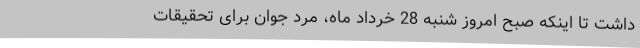
داشت تا اینکه صبح امروز شنبه 28 خرداد ماه، مرد جوان برای تحقیقات